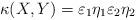
LaTeX: \begin{align*} \kappa(X,Y) =\varepsilon_1\eta_1\varepsilon_2\eta_2 \end{align*}